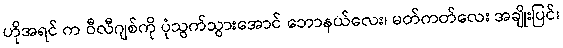
ဟိုအရင် က ဝီလီဂျစ်ကို ပုံသွက်သွားအောင် ဘောနယ်လေး၊ မတ်ကတ်လေး အချိုးပြင်၊